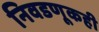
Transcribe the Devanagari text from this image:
निवडणूकही